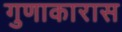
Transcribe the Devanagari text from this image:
गुणाकारास